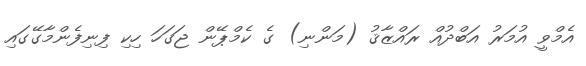
އެމްވީ އުމަރު އަބްދުއް ރައްޒާޤު (މަންނި) ގެ ކެމްޕޭން ޖަގަހަ ހިކި ފިނިފެންމާގޭގައި